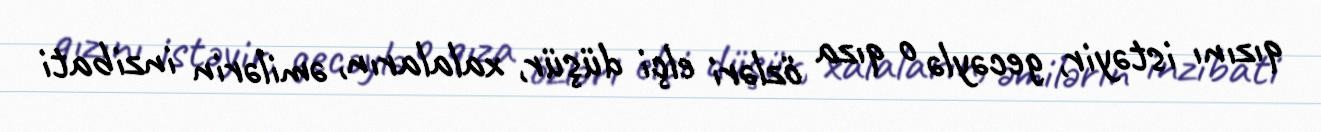
qızını istəyir, gecəylə o qıza özləri elçi düşür, xalaların, əmilərin inzibati